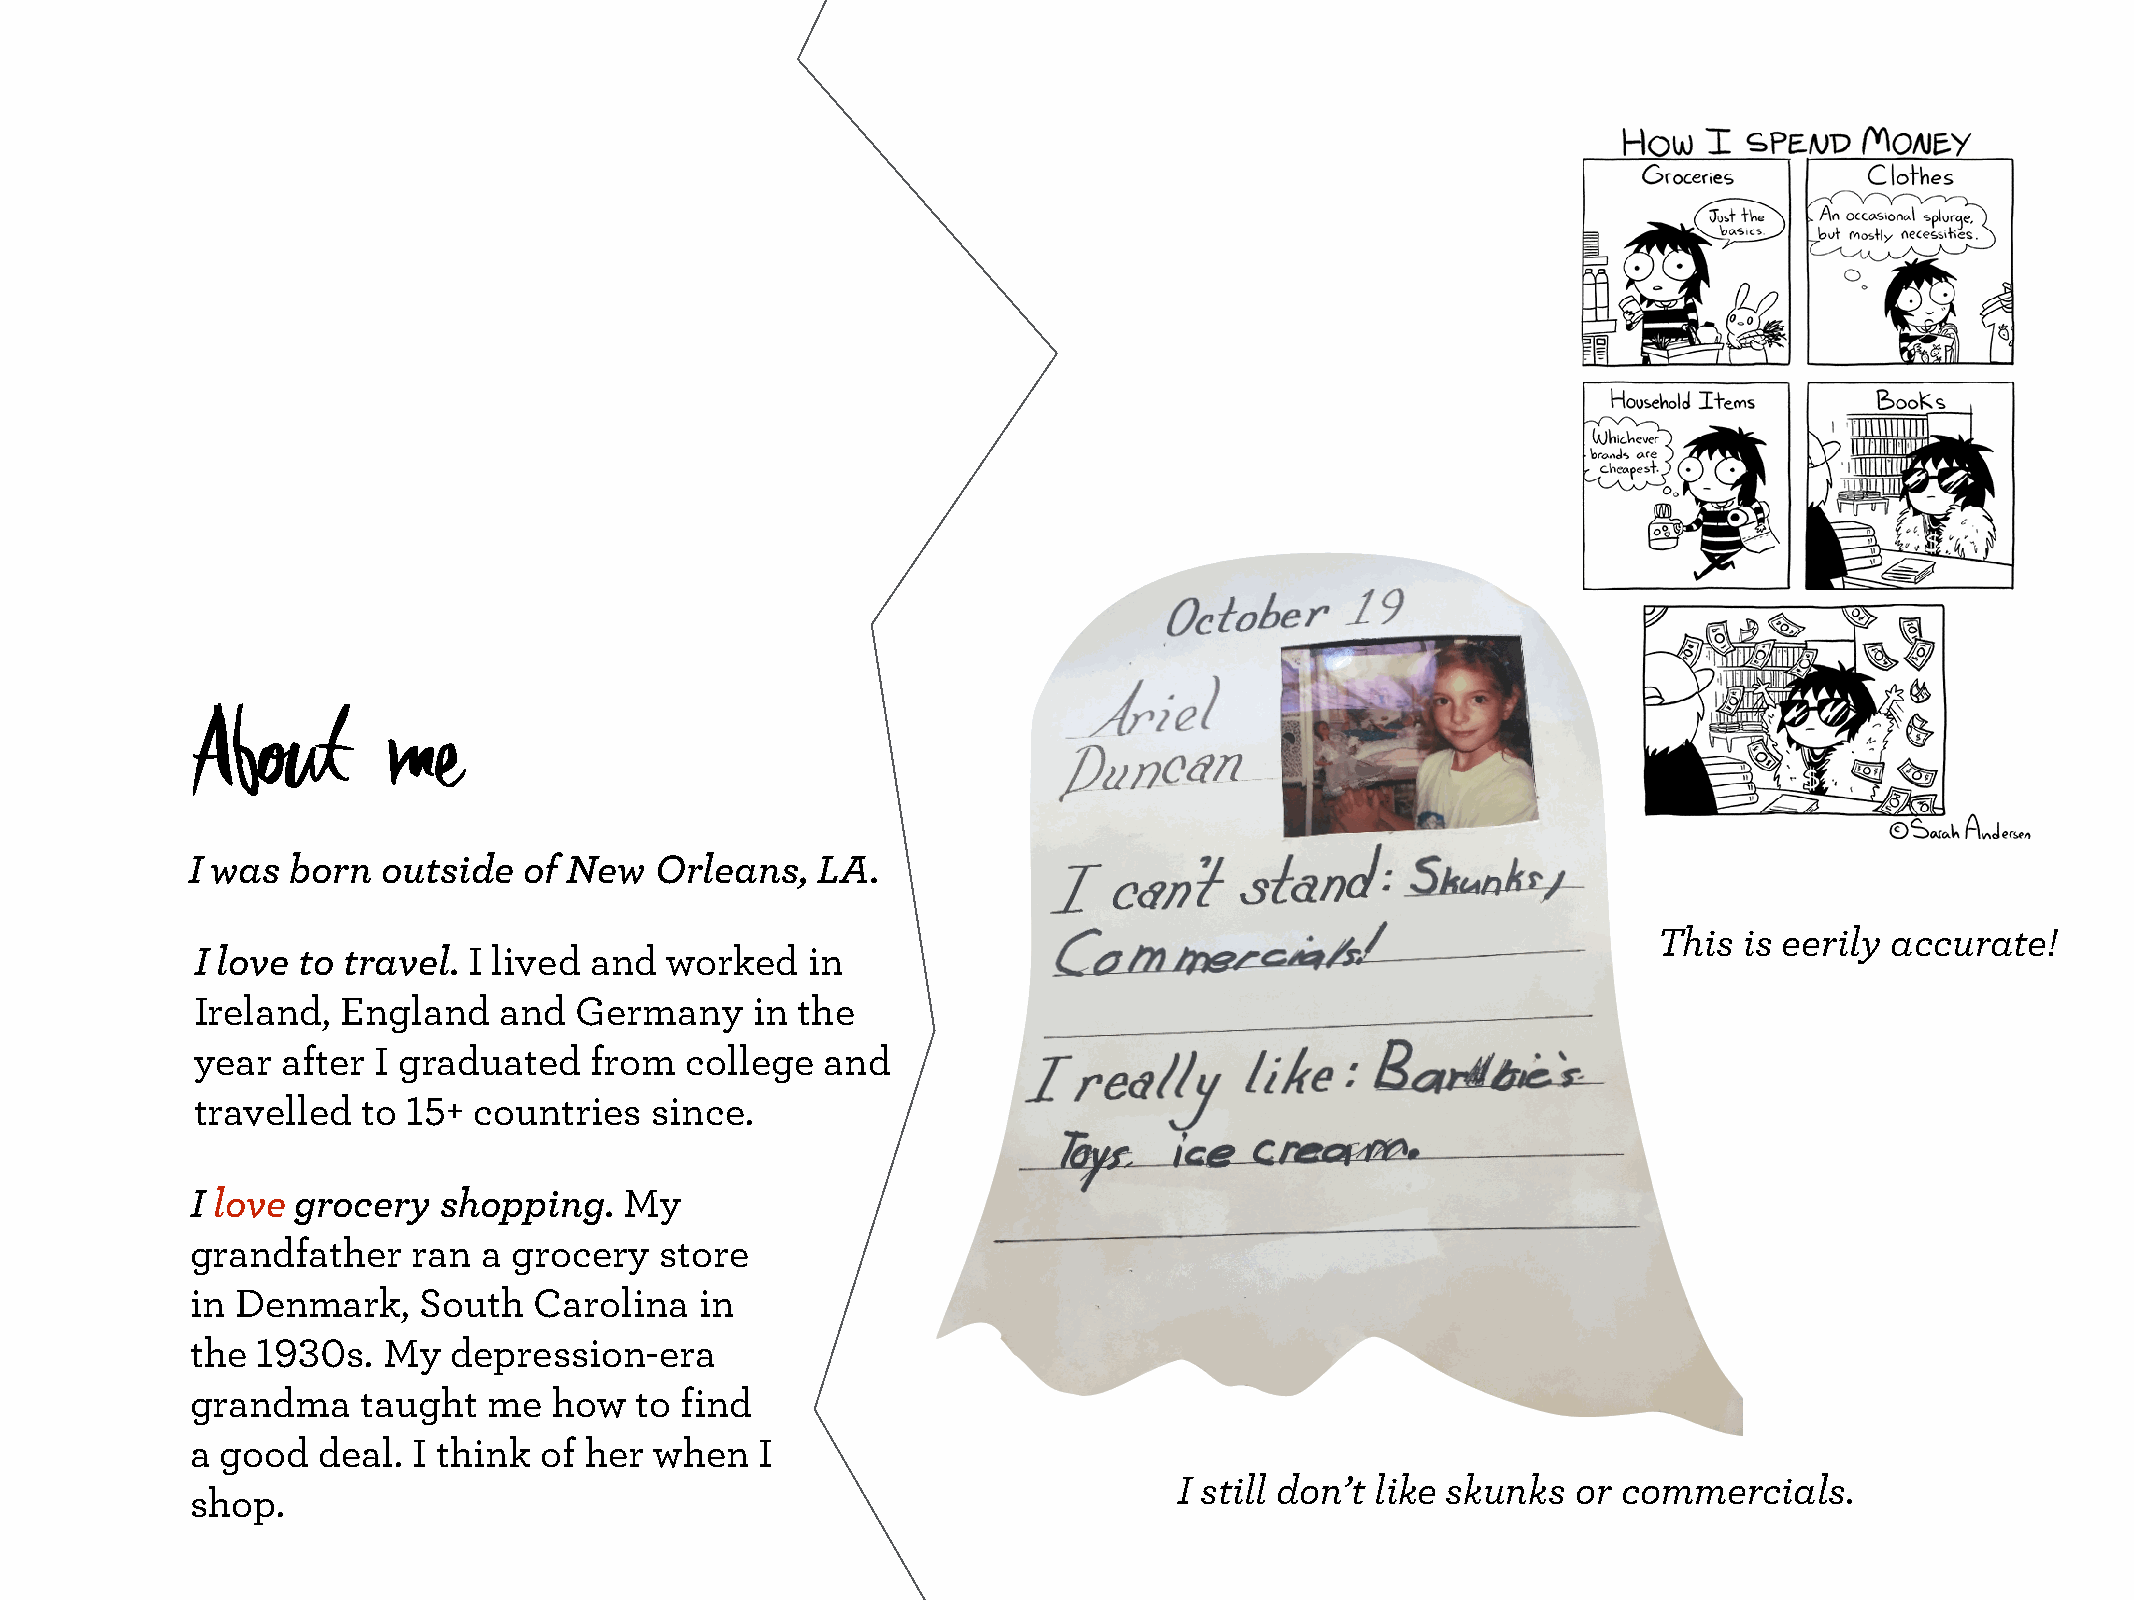
About        me
 I was  born  outside   of New  Orleans,   LA.
 This is eerily accurate!
 I love to travel. I lived and  worked   in
 Ireland,  England   and  Germany     in the
 year  after I graduated   from  college   and
 travelled  to 15+ countries   since.
 I love grocery  shopping.   My
 grandfather   ran  a grocery   store
 in Denmark,    South  Carolina   in
 the 1930s.  My   depression-era
 grandma    taught  me   how  to find
 a good  deal. I think  of her when   I
 I still don’t like skunks or commercials.
 shop.